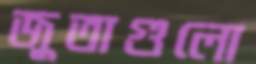
জুতাগুলো